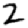
Digit: 2